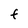
Character: F